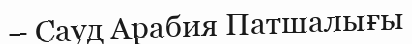
– Сауд Арабия Патшалығы